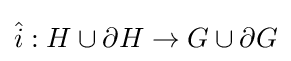
{\hat {i}}:H\cup \partial H\to G\cup \partial G